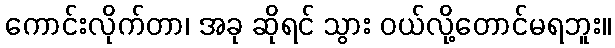
ကောင်းလိုက်တာ၊ အခု ဆိုရင် သွား ဝယ်လို့တောင်မရဘူး။